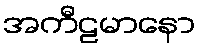
အကီဠမာနော